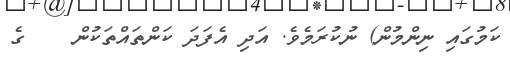
ކަމުގައި ނިންމުން) ނުކުރަމެވެ. އަދި އެފަދަ ކަންތައްތަކުން    ގެ